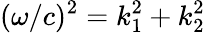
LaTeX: (\omega/c)^{2}=k_{1}^{2}+k_{2}^{2}